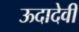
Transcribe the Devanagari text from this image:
ऊदादेवी